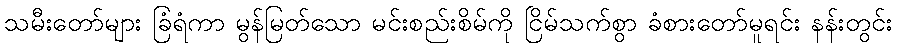
သမီးတော်များ ခြံရံကာ မွန်မြတ်သော မင်းစည်းစိမ်ကို ငြိမ်သက်စွာ ခံစားတော်မူရင်း နန်းတွင်း